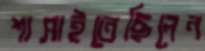
শাসাইতেছিলেন